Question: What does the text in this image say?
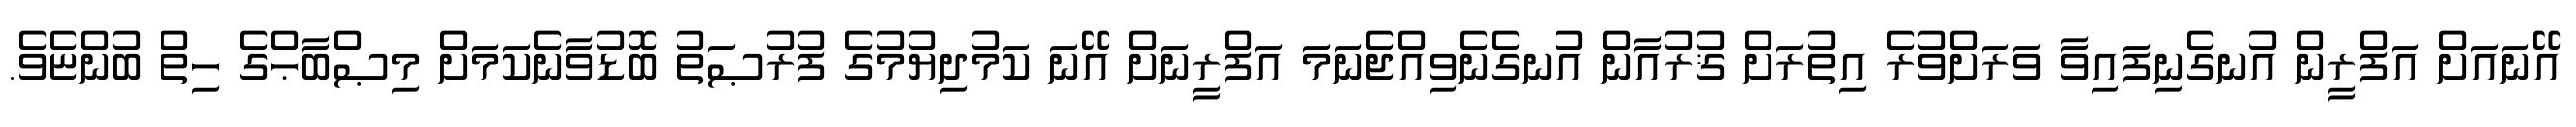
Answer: އޭނައަށް އަފްރީން އުނގެނިފައިވާ ވަރަށްވުރެ އިތުރަށް ޤުރުއާން އުނގެނެވިއްޖެނަމަ އަފްރީނަށް އޭނަ ކަމުދިޔުމުގެ ފުރުޞަތު ބޮޑުވާނެކަމަށް މިޞްބާޙްގެ ހިތް ބުންޏެވެ.